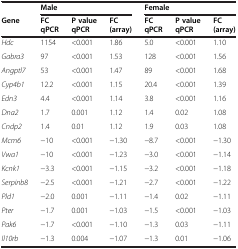
|  | <COLSPAN=3> Male | <COLSPAN=3> Female |
 | Gene | FC qPCR | P value qPCR | FC (array) | FC qPCR | P value qPCR | FC (array) |
 | --- | --- | --- | --- | --- | --- | --- |
 | Hdc | 1154 | <0.001 | 1.86 | 5.0 | <0.001 | 1.10 |
 | Gabra3 | 97 | <0.001 | 1.53 | 128 | <0.001 | 1.56 |
 | Angptl7 | 53 | <0.001 | 1.47 | 89 | <0.001 | 1.68 |
 | Cyp4b1 | 12.2 | <0.001 | 1.15 | 20.4 | <0.001 | 1.39 |
 | Edn3 | 4.4 | <0.001 | 1.14 | 3.8 | <0.001 | 1.16 |
 | Dna2 | 1.7 | 0.001 | 1.12 | 1.4 | 0.02 | 1.08 |
 | Cndp2 | 1.4 | 0.01 | 1.12 | 1.9 | 0.03 | 1.08 |
 | Mcm6 | −10 | <0.001 | −1.30 | −8.7 | <0.001 | −1.30 |
 | Vwa1 | −10 | <0.001 | −1.23 | −3.0 | <0.001 | −1.14 |
 | Kcnk1 | −3.3 | <0.001 | −1.15 | −3.2 | <0.001 | −1.18 |
 | Serpinb8 | −2.5 | <0.001 | −1.21 | −2.7 | <0.001 | −1.22 |
 | Pld1 | −2.0 | 0.001 | −1.11 | −1.4 | 0.02 | −1.11 |
 | Pter | −1.7 | 0.001 | −1.03 | −1.5 | <0.001 | −1.03 |
 | Pak6 | −1.7 | <0.001 | −1.10 | −1.3 | 0.03 | −1.11 |
 | Il10rb | −1.3 | 0.004 | −1.07 | −1.3 | 0.01 | −1.06 |